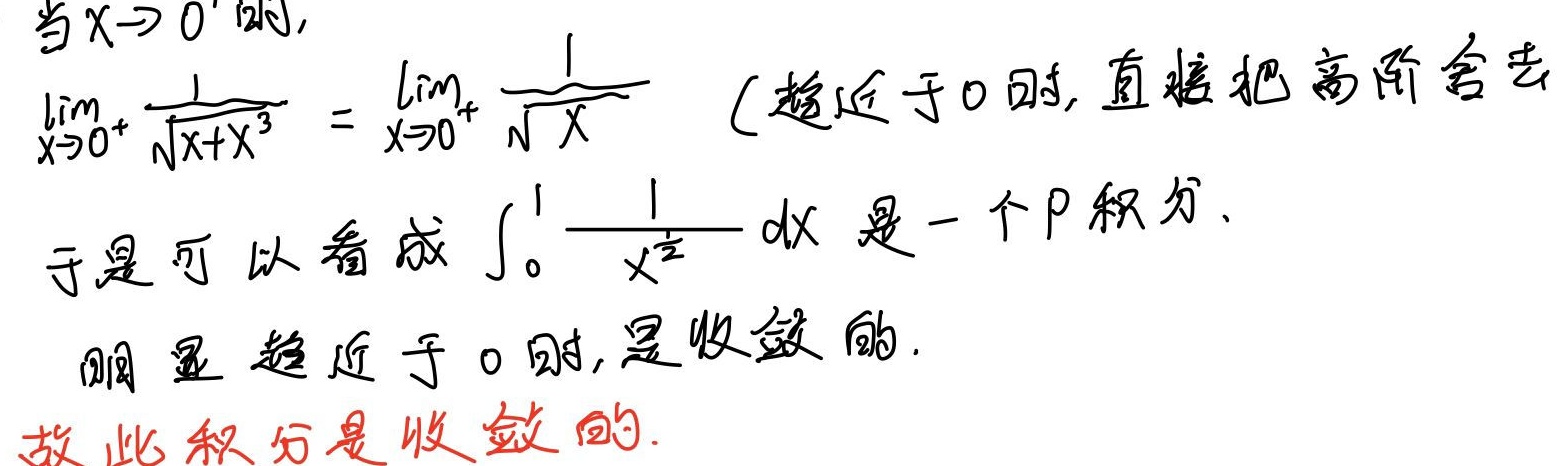
当\(x \to 0^{+}\)时，\(\lim\limits_{x \to 0^{+}} \frac{1}{\sqrt{x + x^{3}}}=\lim\limits_{x \to 0^{+}} \frac{1}{\sqrt{x}}\)（趋近于\(0\)时，直接把高阶舍去）。于是可以看成\(\int_{0}^{1} \frac{1}{x^{\frac{1}{2}}} dx\)是一个\(P\)积分。明显趋近于\(0\)时，是收敛的。故此积分是收敛的。